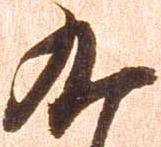
九